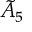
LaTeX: { \tilde { A } } _ { 5 }